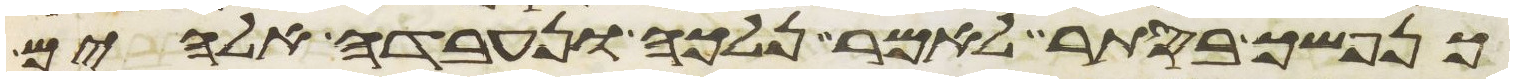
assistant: כנפשך בסתר לאמר נלכה ונעבדה אלהים